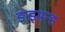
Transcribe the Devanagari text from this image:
डाइमन्ड